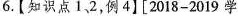
6.【知识点1，2，例4】[2018-2019学